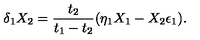
\delta _ { 1 } X _ { 2 } = { \frac { t _ { 2 } } { t _ { 1 } - t _ { 2 } } } ( \eta _ { 1 } X _ { 1 } - X _ { 2 } \epsilon _ { 1 } ) .